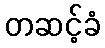
တဆင့်ခံ